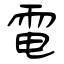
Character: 電